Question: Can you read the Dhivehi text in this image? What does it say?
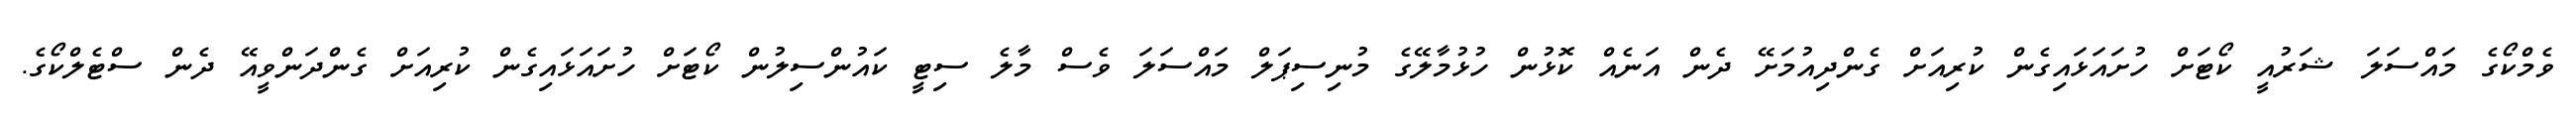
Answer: ވެމްކޯގެ މައްސަލަ ޝަރުއީ ކޯޓަށް ހުށައަޅައިގެން ކުރިއަށް ގެންދިއުމަށޭ ދެން އަނެއް ކޮޅުން ހުޅުމާލޭގެ މުނިސިޕަލް މައްސަލަ ވެސް މާލެ ސިޓީ ކައުންސިލުން ކޯޓަށް ހުށައަޅައިގެން ކުރިއަށް ގެންދަންވީއޭ ދެން ސްޓެލްކޯގެ.